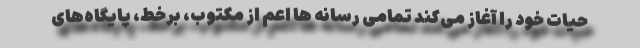
حیات خود را آغاز می‌کند تمامی رسانه ها اعم از مکتوب، برخط،‌ پایگاه‌های